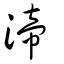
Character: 渧